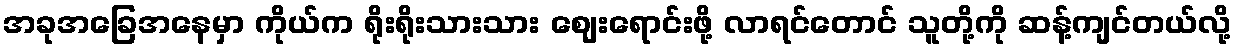
အခုအခြေအနေမှာ ကိုယ်က ရိုးရိုးသားသား ဈေးရောင်းဖို့ လာရင်တောင် သူတို့ကို ဆန့်ကျင်တယ်လို့